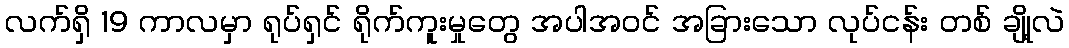
လက်ရှိ 19 ကာလမှာ ရုပ်ရှင် ရိုက်ကူးမှုတွေ အပါအဝင် အခြားသော လုပ်ငန်း တစ် ချို့လဲ